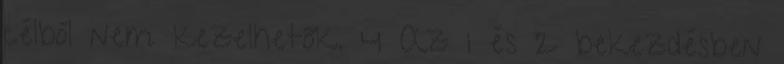
célból nem kezelhetők. 4 Az 1 és 2 bekezdésben